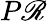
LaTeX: P\mathscr{R}